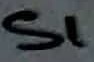
Text: S1